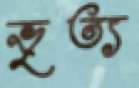
ভৃত্য